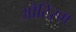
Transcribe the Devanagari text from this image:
औटिस्म